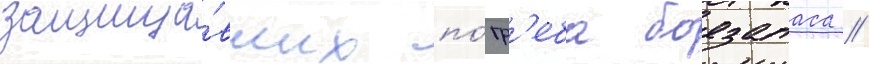
защища́вших по́гр'еба боезапаса //